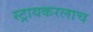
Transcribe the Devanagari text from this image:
स्ट्रायकरलाच